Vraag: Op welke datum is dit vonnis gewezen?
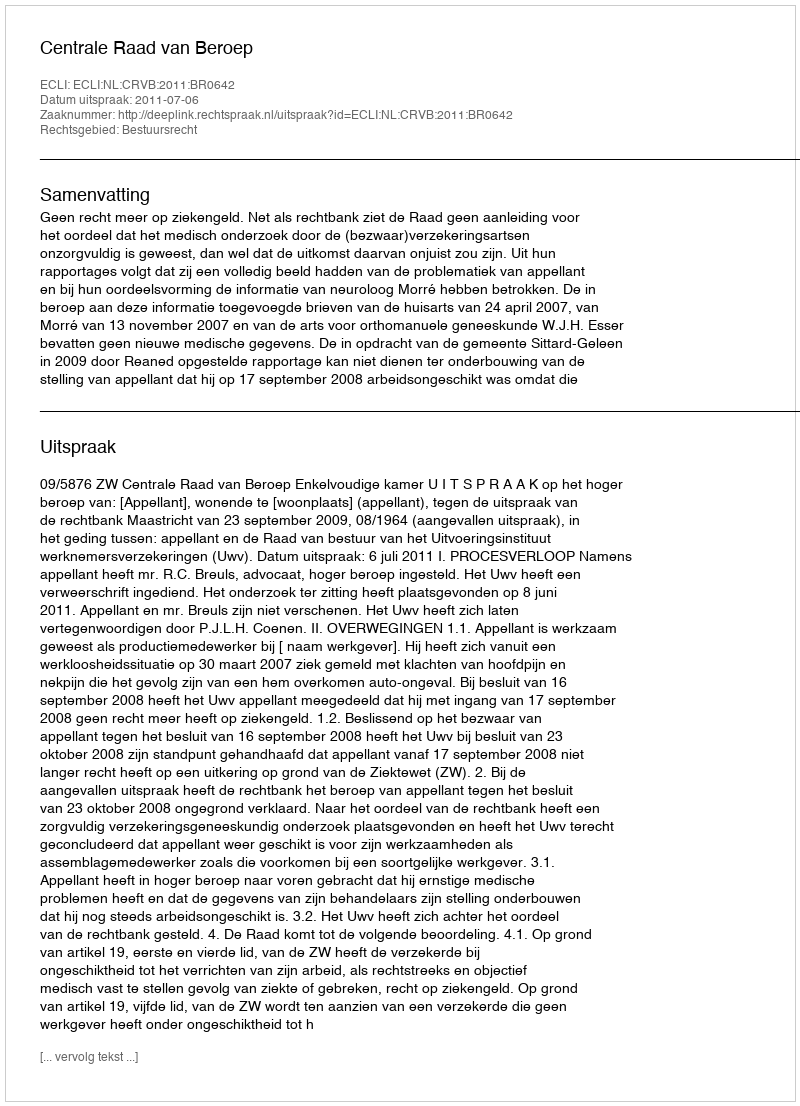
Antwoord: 2011-07-06